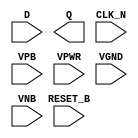
module sky130_fd_sc_hd__dfrtn (
    //# {{data|Data Signals}}
    input  D      ,
    output Q      ,

    //# {{control|Control Signals}}
    input  RESET_B,

    //# {{clocks|Clocking}}
    input  CLK_N  ,

    //# {{power|Power}}
    input  VPB    ,
    input  VPWR   ,
    input  VGND   ,
    input  VNB
);
endmodule